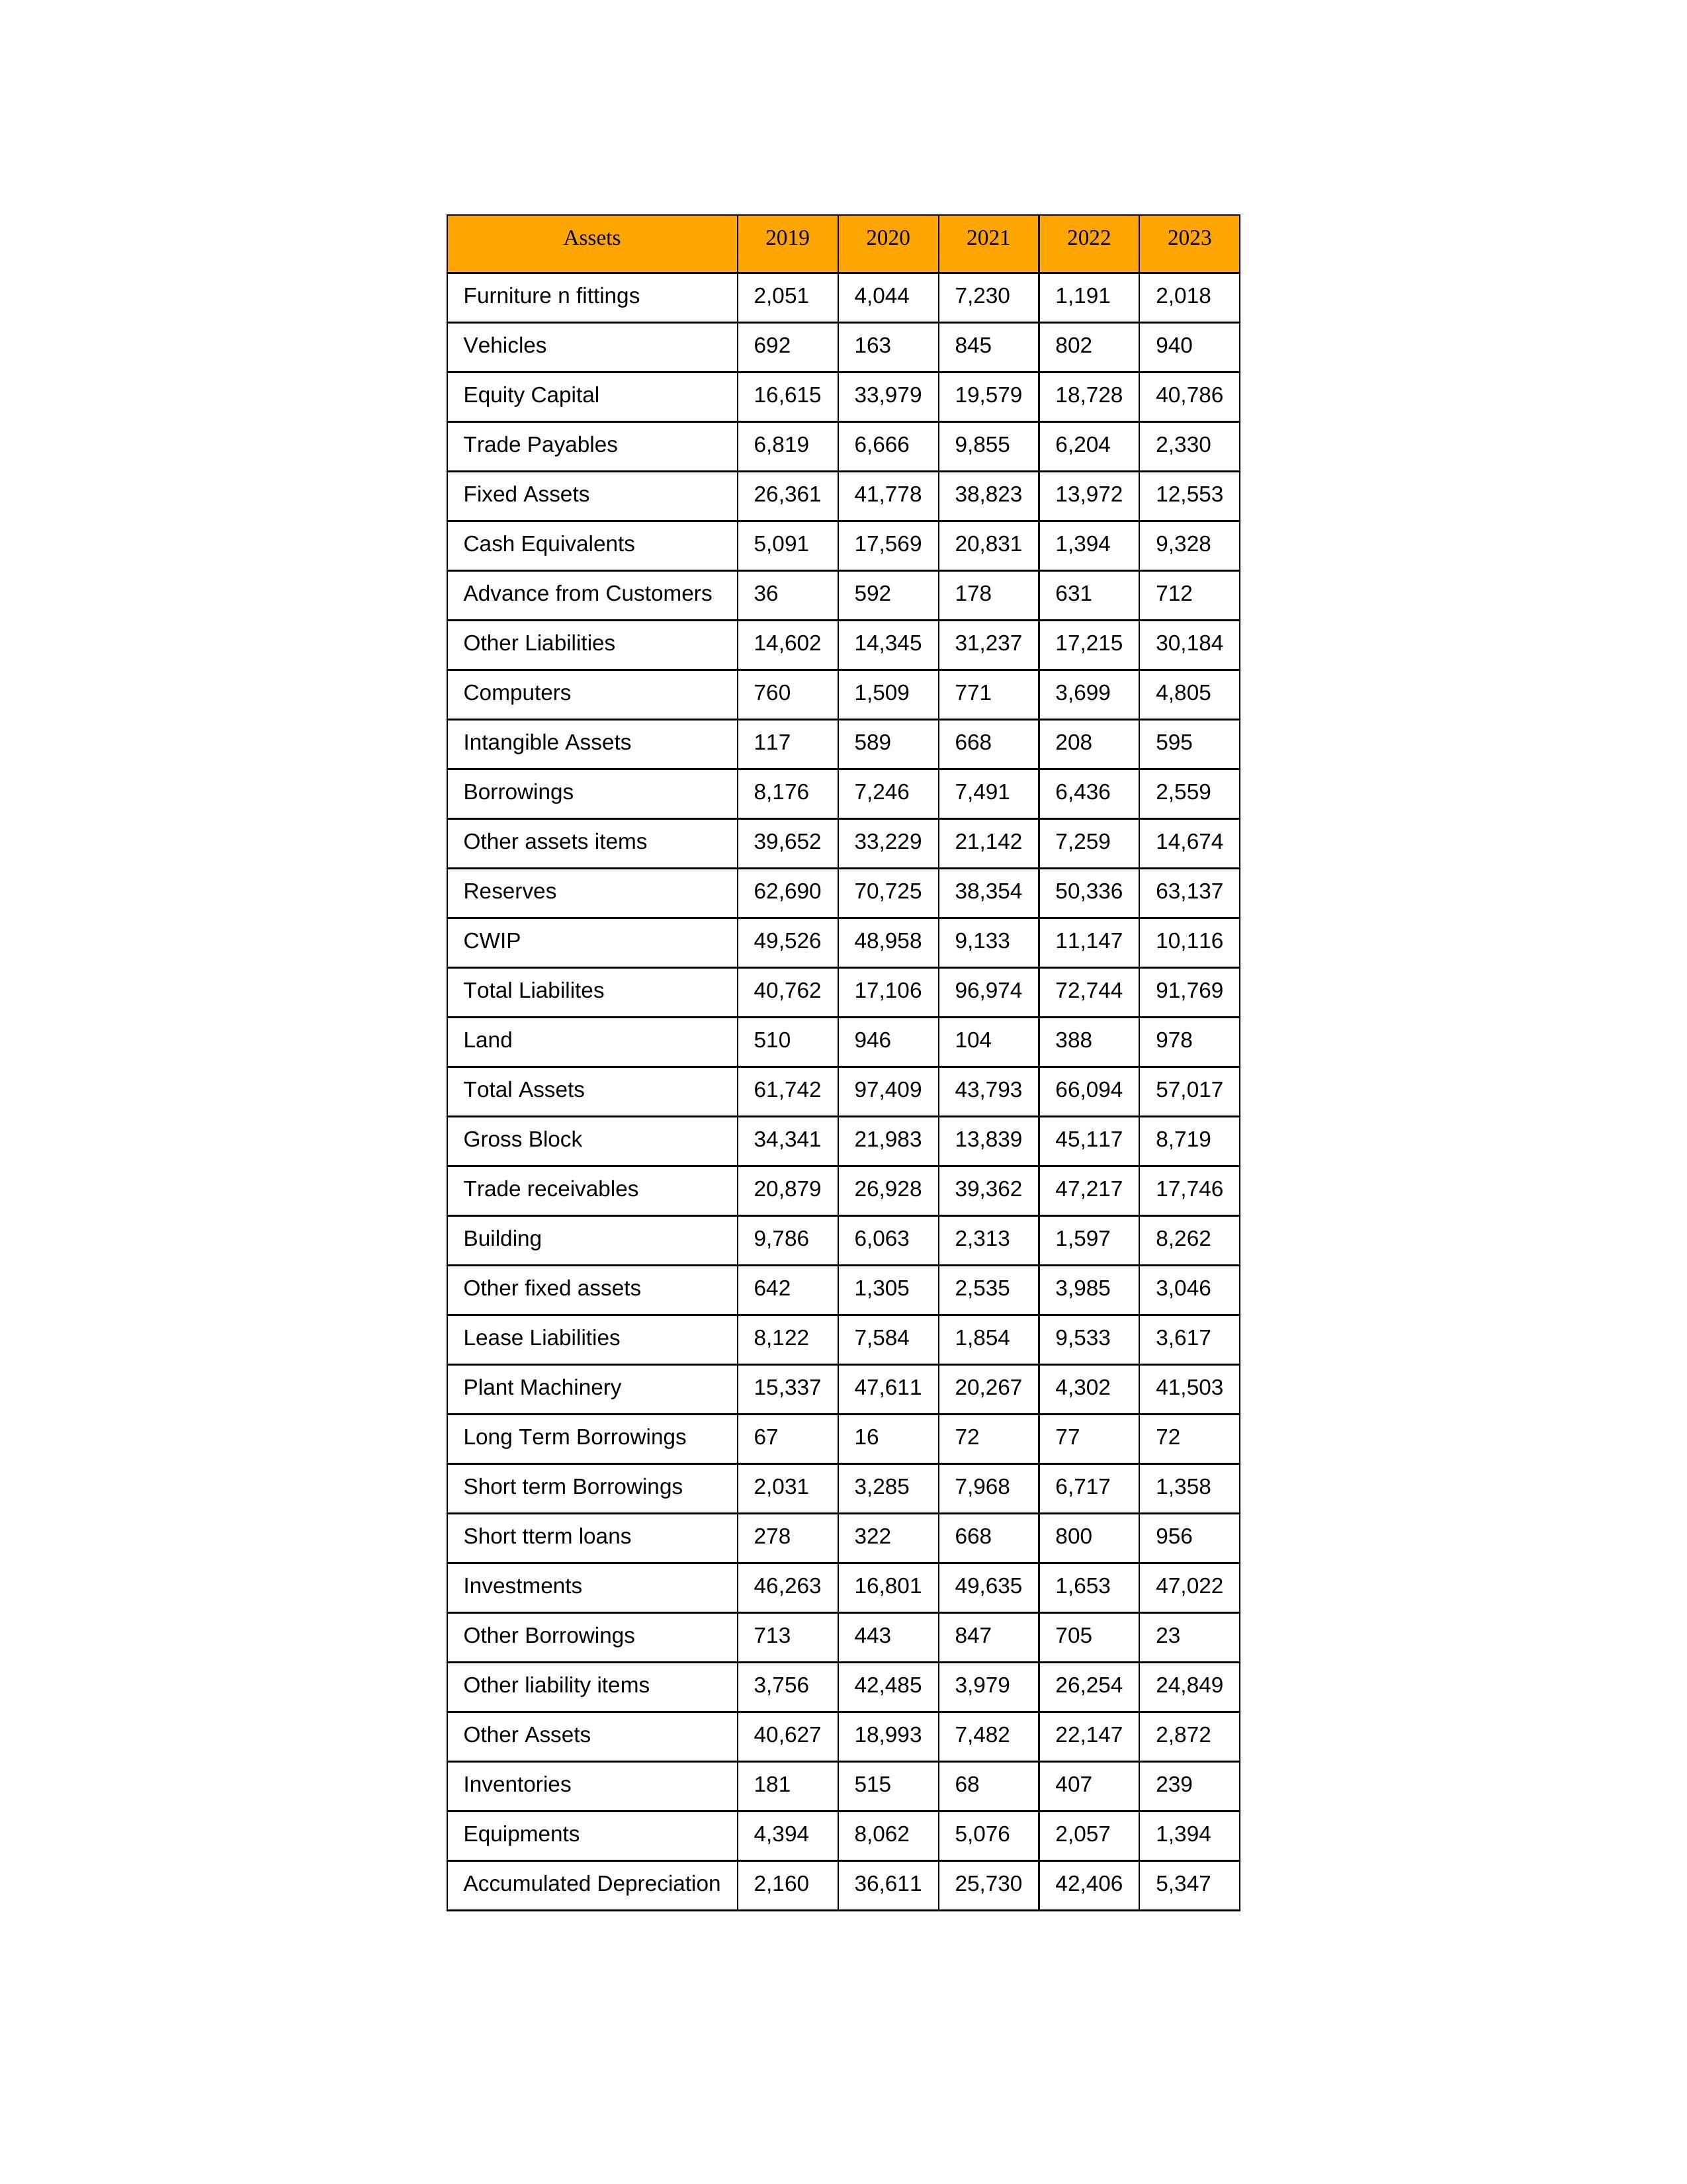
gt_parse: 2019: Equity Capital: 16,615
Reserves: 62,690
Borrowings: 8,176
Long Term Borrowings: 67
Short term Borrowings: 2,031
Lease Liabilities: 8,122
Other Borrowings: 713
Other Liabilities: 14,602
Trade Payables: 6,819
Advance from Customers: 36
Other liability items: 3,756
Total Liabilites: 40,762
Fixed Assets: 26,361
Land: 510
Building: 9,786
Plant Machinery: 15,337
Equipments: 4,394
Computers: 760
Furniture n fittings: 2,051
Vehicles: 692
Intangible Assets: 117
Other fixed assets: 642
Gross Block: 34,341
Accumulated Depreciation: 2,160
CWIP: 49,526
Investments: 46,263
Other Assets: 40,627
Inventories: 181
Trade receivables: 20,879
Cash Equivalents: 5,091
Short tterm loans: 278
Other assets items: 39,652
Total Assets: 61,742
2020: Equity Capital: 33,979
Reserves: 70,725
Borrowings: 7,246
Long Term Borrowings: 16
Short term Borrowings: 3,285
Lease Liabilities: 7,584
Other Borrowings: 443
Other Liabilities: 14,345
Trade Payables: 6,666
Advance from Customers: 592
Other liability items: 42,485
Total Liabilites: 17,106
Fixed Assets: 41,778
Land: 946
Building: 6,063
Plant Machinery: 47,611
Equipments: 8,062
Computers: 1,509
Furniture n fittings: 4,044
Vehicles: 163
Intangible Assets: 589
Other fixed assets: 1,305
Gross Block: 21,983
Accumulated Depreciation: 36,611
CWIP: 48,958
Investments: 16,801
Other Assets: 18,993
Inventories: 515
Trade receivables: 26,928
Cash Equivalents: 17,569
Short tterm loans: 322
Other assets items: 33,229
Total Assets: 97,409
2021: Equity Capital: 19,579
Reserves: 38,354
Borrowings: 7,491
Long Term Borrowings: 72
Short term Borrowings: 7,968
Lease Liabilities: 1,854
Other Borrowings: 847
Other Liabilities: 31,237
Trade Payables: 9,855
Advance from Customers: 178
Other liability items: 3,979
Total Liabilites: 96,974
Fixed Assets: 38,823
Land: 104
Building: 2,313
Plant Machinery: 20,267
Equipments: 5,076
Computers: 771
Furniture n fittings: 7,230
Vehicles: 845
Intangible Assets: 668
Other fixed assets: 2,535
Gross Block: 13,839
Accumulated Depreciation: 25,730
CWIP: 9,133
Investments: 49,635
Other Assets: 7,482
Inventories: 68
Trade receivables: 39,362
Cash Equivalents: 20,831
Short tterm loans: 668
Other assets items: 21,142
Total Assets: 43,793
2022: Equity Capital: 18,728
Reserves: 50,336
Borrowings: 6,436
Long Term Borrowings: 77
Short term Borrowings: 6,717
Lease Liabilities: 9,533
Other Borrowings: 705
Other Liabilities: 17,215
Trade Payables: 6,204
Advance from Customers: 631
Other liability items: 26,254
Total Liabilites: 72,744
Fixed Assets: 13,972
Land: 388
Building: 1,597
Plant Machinery: 4,302
Equipments: 2,057
Computers: 3,699
Furniture n fittings: 1,191
Vehicles: 802
Intangible Assets: 208
Other fixed assets: 3,985
Gross Block: 45,117
Accumulated Depreciation: 42,406
CWIP: 11,147
Investments: 1,653
Other Assets: 22,147
Inventories: 407
Trade receivables: 47,217
Cash Equivalents: 1,394
Short tterm loans: 800
Other assets items: 7,259
Total Assets: 66,094
2023: Equity Capital: 40,786
Reserves: 63,137
Borrowings: 2,559
Long Term Borrowings: 72
Short term Borrowings: 1,358
Lease Liabilities: 3,617
Other Borrowings: 23
Other Liabilities: 30,184
Trade Payables: 2,330
Advance from Customers: 712
Other liability items: 24,849
Total Liabilites: 91,769
Fixed Assets: 12,553
Land: 978
Building: 8,262
Plant Machinery: 41,503
Equipments: 1,394
Computers: 4,805
Furniture n fittings: 2,018
Vehicles: 940
Intangible Assets: 595
Other fixed assets: 3,046
Gross Block: 8,719
Accumulated Depreciation: 5,347
CWIP: 10,116
Investments: 47,022
Other Assets: 2,872
Inventories: 239
Trade receivables: 17,746
Cash Equivalents: 9,328
Short tterm loans: 956
Other assets items: 14,674
Total Assets: 57,017